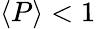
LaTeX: \langle P\rangle<1